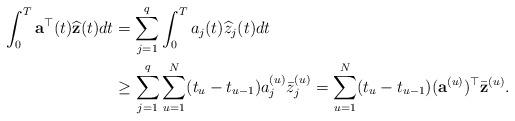
LaTeX: \begin{align*}\int_{0}^{T}{\bf a}^{\top}(t)\widehat{\bf z}(t)dt& =\sum_{j=1}^{q}\int_{0}^{T}a_{j}(t)\widehat{z}_{j}(t)dt\\& \geq\sum_{j=1}^{q}\sum_{u=1}^{N}(t_{u}-t_{u-1})a_{j}^{(u)}\bar{z}_{j}^{(u)}=\sum_{u=1}^{N} (t_{u}-t_{u-1})({\bf a}^{(u)})^{\top}\bar{\bf z}^{(u)}.\end{align*}